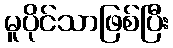
မူပိုင်သာဖြစ်ပြီး